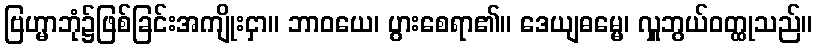
ဗြဟ္မာဘုံ၌ဖြစ်ခြင်းအကျိုးငှာ။ ဘာဝယေ၊ ပွားစေရာ၏။ ဒေယျဓမ္မေ၊ လှူဘွယ်ဝတ္ထုသည်။